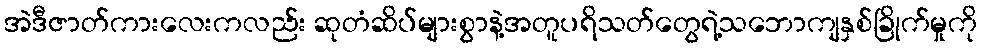
အဲဒီဇာတ်ကားလေးကလည်း ဆုတံဆိပ်များစွာနဲ့အတူပရိသတ်တွေရဲ့သဘောကျနှစ်ခြိုက်မှုကို